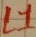
Text: L1